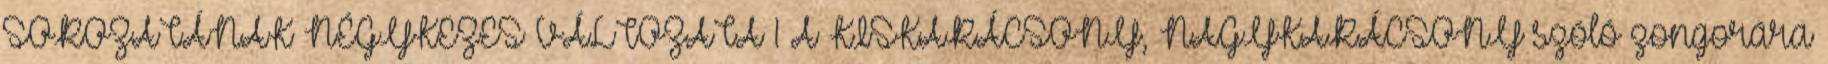
SOROZATÁNAK NÉGYKEZES VÁLTOZATA 1 A KISKARÁCSONY, NAGYKARÁCSONY szóló zongorára